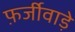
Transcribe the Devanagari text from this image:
फ़र्जीवाड़े